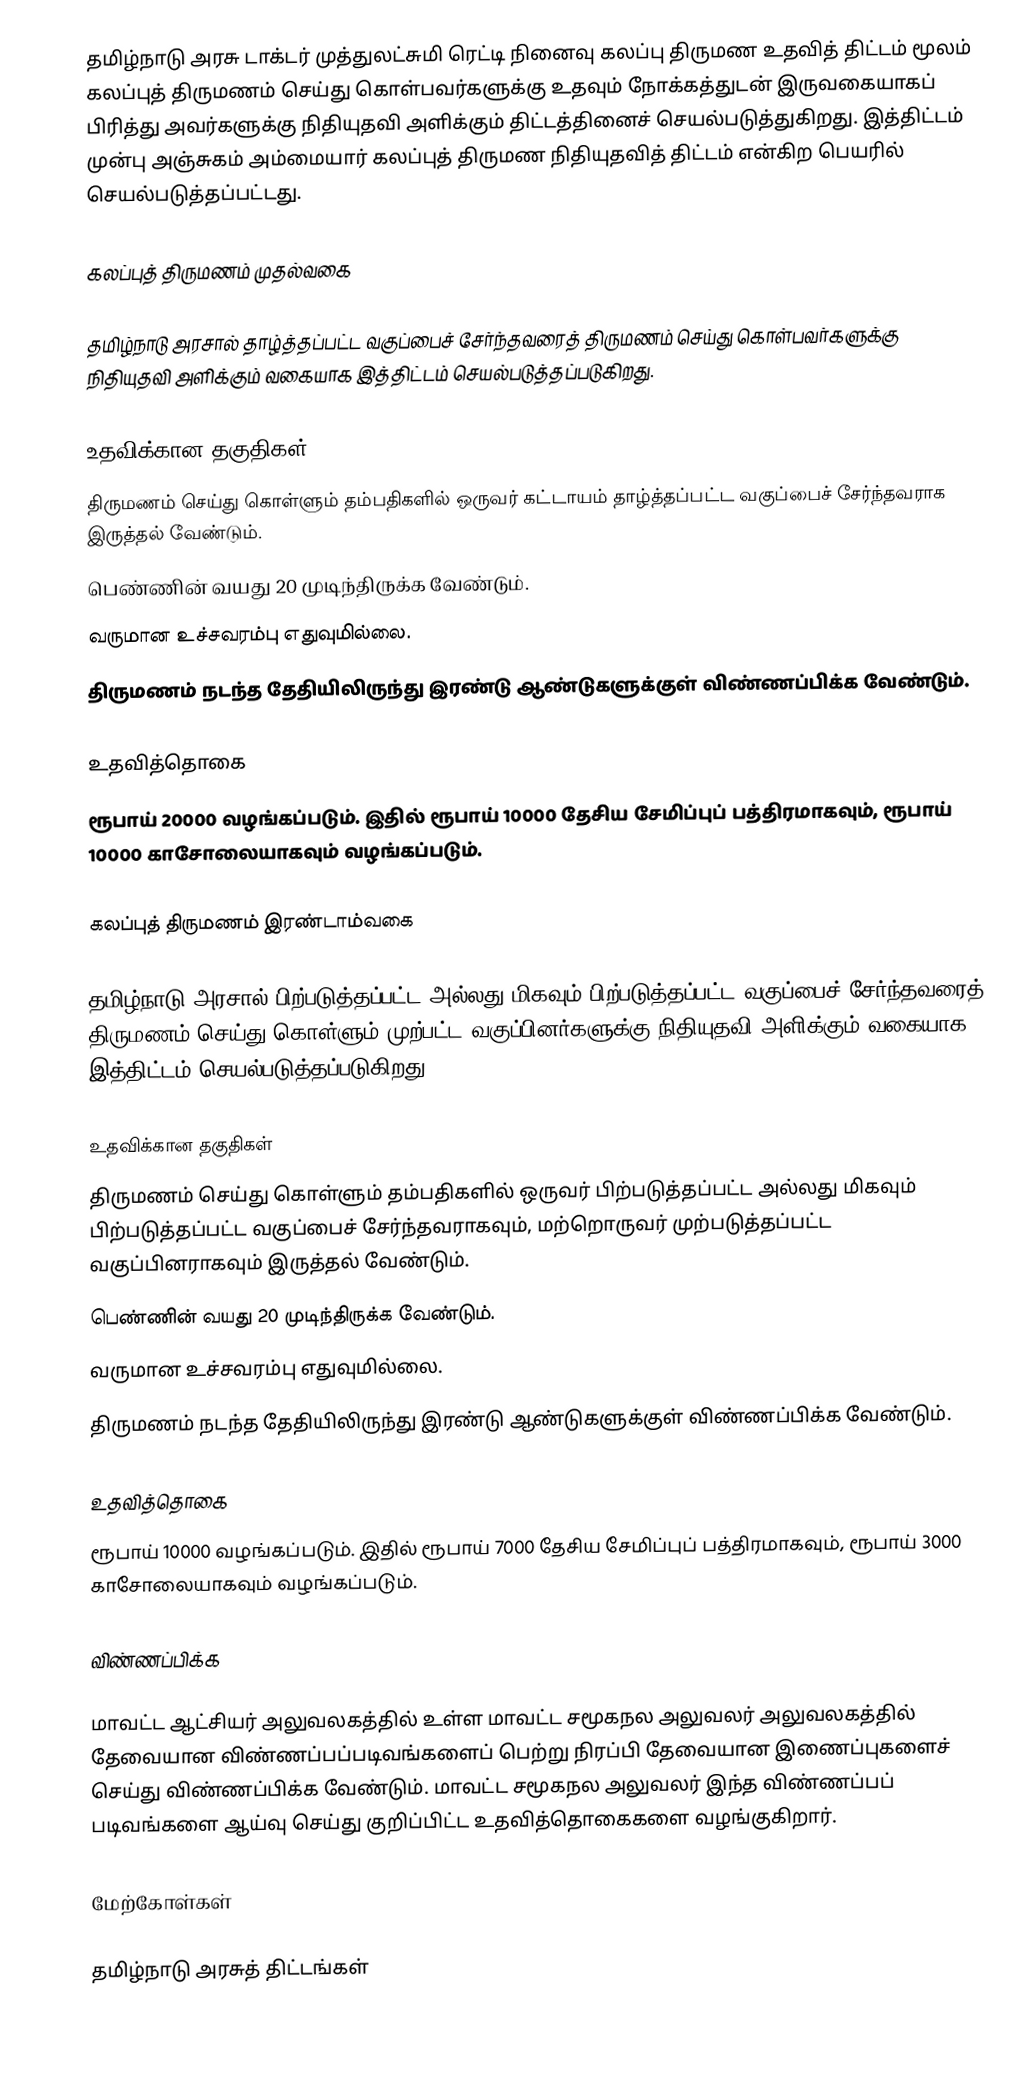
தமிழ்நாடு அரசு டாக்டர் முத்துலட்சுமி ரெட்டி நினைவு கலப்பு திருமண உதவித் திட்டம் மூலம் கலப்புத் திருமணம் செய்து கொள்பவர்களுக்கு உதவும் நோக்கத்துடன் இருவகையாகப் பிரித்து அவர்களுக்கு நிதியுதவி அளிக்கும் திட்டத்தினைச் செயல்படுத்துகிறது. இத்திட்டம் முன்பு அஞ்சுகம் அம்மையார் கலப்புத் திருமண நிதியுதவித் திட்டம் என்கிற பெயரில் செயல்படுத்தப்பட்டது.

கலப்புத் திருமணம் முதல்வகை

தமிழ்நாடு அரசால் தாழ்த்தப்பட்ட வகுப்பைச் சேர்ந்தவரைத் திருமணம் செய்து கொள்பவர்களுக்கு நிதியுதவி அளிக்கும் வகையாக இத்திட்டம் செயல்படுத்தப்படுகிறது.

உதவிக்கான தகுதிகள்
திருமணம் செய்து கொள்ளும் தம்பதிகளில் ஒருவர் கட்டாயம் தாழ்த்தப்பட்ட வகுப்பைச் சேர்ந்தவராக இருத்தல் வேண்டும்.
பெண்ணின் வயது 20 முடிந்திருக்க வேண்டும்.
வருமான உச்சவரம்பு எதுவுமில்லை.
திருமணம் நடந்த தேதியிலிருந்து இரண்டு ஆண்டுகளுக்குள் விண்ணப்பிக்க வேண்டும்.

உதவித்தொகை
ரூபாய் 20000 வழங்கப்படும். இதில் ரூபாய் 10000 தேசிய சேமிப்புப் பத்திரமாகவும், ரூபாய் 10000 காசோலையாகவும் வழங்கப்படும்.

கலப்புத் திருமணம் இரண்டாம்வகை

தமிழ்நாடு அரசால் பிற்படுத்தப்பட்ட அல்லது மிகவும் பிற்படுத்தப்பட்ட வகுப்பைச் சேர்ந்தவரைத் திருமணம் செய்து கொள்ளும் முற்பட்ட வகுப்பினர்களுக்கு நிதியுதவி அளிக்கும் வகையாக இத்திட்டம் செயல்படுத்தப்படுகிறது.

உதவிக்கான தகுதிகள்
திருமணம் செய்து கொள்ளும் தம்பதிகளில் ஒருவர் பிற்படுத்தப்பட்ட அல்லது மிகவும் பிற்படுத்தப்பட்ட வகுப்பைச் சேர்ந்தவராகவும், மற்றொருவர் முற்படுத்தப்பட்ட வகுப்பினராகவும் இருத்தல் வேண்டும்.
பெண்ணின் வயது 20 முடிந்திருக்க வேண்டும்.
வருமான உச்சவரம்பு எதுவுமில்லை.
திருமணம் நடந்த தேதியிலிருந்து இரண்டு ஆண்டுகளுக்குள் விண்ணப்பிக்க வேண்டும்.

உதவித்தொகை
ரூபாய் 10000 வழங்கப்படும். இதில் ரூபாய் 7000 தேசிய சேமிப்புப் பத்திரமாகவும், ரூபாய் 3000 காசோலையாகவும் வழங்கப்படும்.

விண்ணப்பிக்க

மாவட்ட ஆட்சியர் அலுவலகத்தில் உள்ள மாவட்ட சமூகநல அலுவலர் அலுவலகத்தில் தேவையான விண்ணப்பப்படிவங்களைப் பெற்று நிரப்பி தேவையான இணைப்புகளைச் செய்து விண்ணப்பிக்க வேண்டும். மாவட்ட சமூகநல அலுவலர் இந்த விண்ணப்பப் படிவங்களை ஆய்வு செய்து குறிப்பிட்ட உதவித்தொகைகளை வழங்குகிறார்.

மேற்கோள்கள்

 தமிழ்நாடு அரசுத் திட்டங்கள்